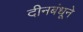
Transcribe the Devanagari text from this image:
दीनबंधूने